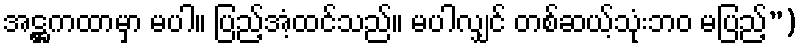
အဋ္ဌကထာမှာ မပါ။ ပြည့်အံ့ထင်သည်။ မပါလျှင် တစ်ဆယ့်သုံးဘဝ မပြည့်”)